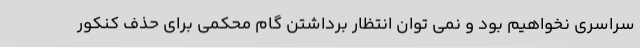
سراسری نخواهیم بود و نمی توان انتظار برداشتن گام محکمی برای حذف کنکور